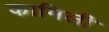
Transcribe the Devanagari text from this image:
कामिली